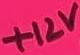
Text: +12V